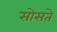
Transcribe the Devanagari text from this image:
सोसते